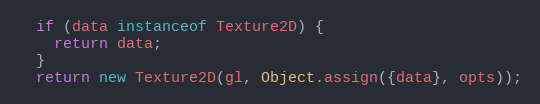
Language: JavaScript
  if (data instanceof Texture2D) {
    return data;
  }
  return new Texture2D(gl, Object.assign({data}, opts));